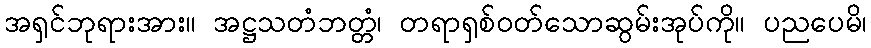
အရှင်ဘုရားအား။ အဋ္ဌသတံဘတ္တံ၊ တရာရှစ်ဝတ်သောဆွမ်းအုပ်ကို။ ပညပေမိ၊